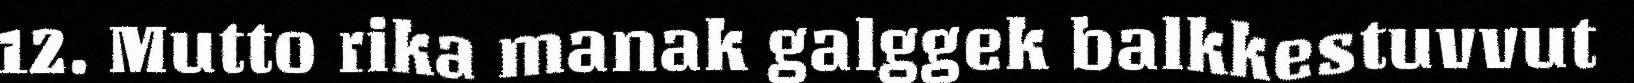
12. Mutto rika manak galggek balkkestuvvut